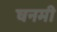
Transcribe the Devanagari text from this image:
घनमी